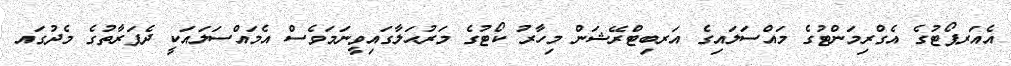
އެއަރޕޯޓުގެ އެގްރިމަންޓުގެ މައްސަލައިގެ އަރބިޓްރޭޝަން މިހާރު ކޯޓުގެ މަރުޙަލާގައިވީނަމަވެސް އެމައްސަލައަކީ ދެފަރާތުގެ މެދުގައ